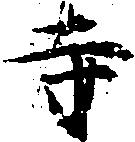
寺